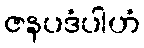
ဇနပဒံပါဟံ